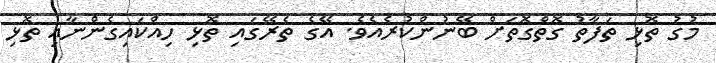
މުގު ތޮޅި ތަފާތު ގޮތްގޮތަށް ބޭނުންކުރެއެވެ. އޭގެ ތެރޭގައި ތޮޅި ހިއްކައިގެންނާއި ތޮޅި